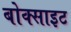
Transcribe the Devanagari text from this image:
बोक्साइट